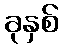
ခုနှစ်